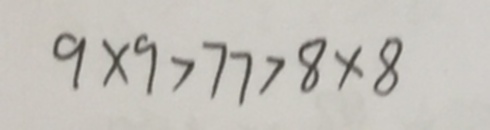
9 \times 9 > 7 7 > 8 \times 8